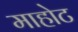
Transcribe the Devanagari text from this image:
माहोट